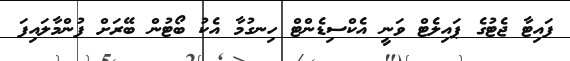
ފައިޓާ ޖެޓުގެ ޕައިލެޓް ވަނީ އެކްސިޑެންްޓް ހިނގުމާ އެކު ބޯޓުން ބޭރަށް ފުންމާލައިފަ